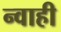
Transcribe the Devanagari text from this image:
न्वाही